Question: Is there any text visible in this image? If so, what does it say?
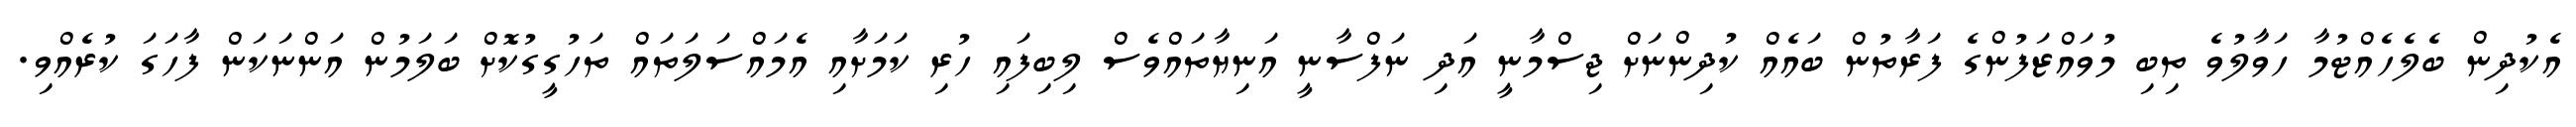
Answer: އެކުދިން ބެލެހެއްޓުމާ ހަވާލުވެ ތިބި މުވައްޒަފުންގެ ފަރާތުން ބައެއް ކުދިންނަށް ޖިސްމާނީ އަދި ނަފްސާނީ އަނިޔާތައްވެސް ލިބިފައި ހުރި ކަމަށާއި އެމައްސަލަތައް ތަހުގީގުކޮށް ބަލަމުން އަންނަކަން ފާހަގަ ކުރެއްވި.